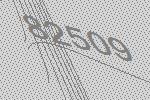
82509